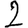
Digit: 2